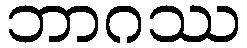
ဘာဂဿ